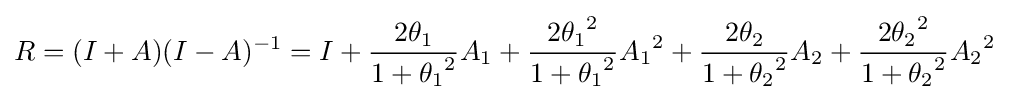
R=(I+A)(I-A)^{-1}=I+{\frac {2\theta _{1}}{1+{\theta _{1}}^{2}}}A_{1}+{\frac {2{\theta _{1}}^{2}}{1+{\theta _{1}}^{2}}}{A_{1}}^{2}+{\frac {2\theta _{2}}{1+{\theta _{2}}^{2}}}A_{2}+{\frac {2{\theta _{2}}^{2}}{1+{\theta _{2}}^{2}}}{A_{2}}^{2}